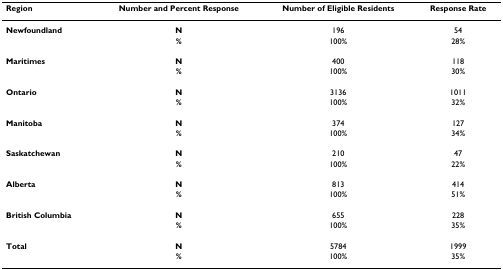
<table><thead><tr><td><b>Region</b></td><td><b>Number and Percent Response</b></td><td><b>Number of Eligible Residents</b></td><td><b>Response Rate </b></td></tr></thead><tbody><tr><td><b>Newfoundland</b></td><td><b>N</b></td><td>196</td><td>54</td></tr><tr><td></td><td><b>%</b></td><td>100%</td><td>28%</td></tr><tr><td><b>Maritimes</b></td><td><b>N</b></td><td>400</td><td>118</td></tr><tr><td></td><td><b>%</b></td><td>100%</td><td>30%</td></tr><tr><td><b>Ontario</b></td><td><b>N</b></td><td>3136</td><td>1011</td></tr><tr><td></td><td><b>%</b></td><td>100%</td><td>32%</td></tr><tr><td><b>Manitoba</b></td><td><b>N</b></td><td>374</td><td>127</td></tr><tr><td></td><td><b>%</b></td><td>100%</td><td>34%</td></tr><tr><td><b>Saskatchewan</b></td><td><b>N</b></td><td>210</td><td>47</td></tr><tr><td></td><td><b>%</b></td><td>100%</td><td>22%</td></tr><tr><td><b>Alberta</b></td><td><b>N</b></td><td>813</td><td>414</td></tr><tr><td></td><td><b>%</b></td><td>100%</td><td>51%</td></tr><tr><td><b>British Columbia</b></td><td><b>N</b></td><td>655</td><td>228</td></tr><tr><td></td><td><b>%</b></td><td>100%</td><td>35%</td></tr><tr><td><b>Total</b></td><td><b>N</b></td><td>5784</td><td>1999</td></tr><tr><td></td><td><b>%</b></td><td>100%</td><td>35%</td></tr></tbody></table>